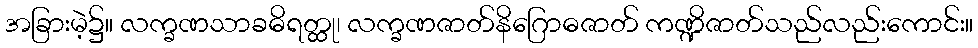
အခြားမဲ့၌။ လက္ခဏသာခဓိရတ္ထု၊ လက္ခဏဇာတ်နိဂြောဓဇာတ် ကဏ္ဍိဇာတ်သည်လည်းကောင်း။